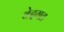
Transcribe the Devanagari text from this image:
वेदगत